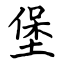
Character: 堡